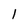
Character: l